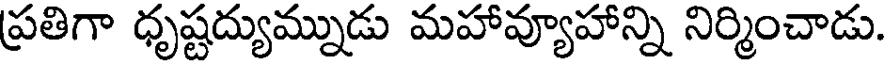
ప్రతిగా ధృష్టద్యుమ్నుడు మహావ్యూహాన్ని నిర్మించాడు.